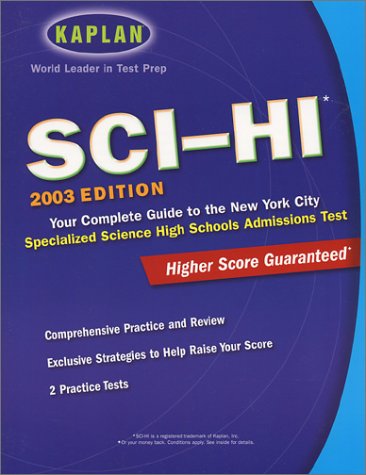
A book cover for Kaplan SCI-HI Admissions Test 2003; Kaplan; Test Preparation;